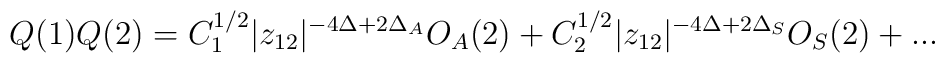
Q(1)Q(2) = C_1^{1/2}|z_{12}|^{-4\Delta + 2\Delta_A}O_A(2) +C_2^{1/2}|z_{12}|^{-4\Delta + 2\Delta_S}O_S(2) + ...